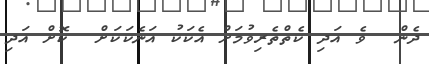
ދެން  ވެ އަދި ކެތްތެރިވުމަށް އެކަކު އަނެކަކަށް  ކޮށް އަދި